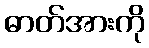
ဓာတ်အားကို